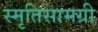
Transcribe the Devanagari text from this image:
स्मृतिसामग्री